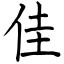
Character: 佳